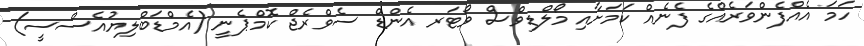
ހަމަ އެއްފެންވަރެއްގެ ފެނެއް ކަމަށާއި މޯލްޑިވްސް ވޯޓަރ އެންޑް ސެވްރެޖް ކޮމްޕެނީ (އެމްޑަބްލިޔުއެސްސީ)